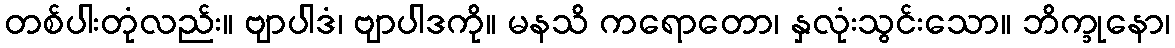
တစ်ပါးတုံလည်း။ ဗျာပါဒံ၊ ဗျာပါဒကို။ မနသိ ကရောတော၊ နှလုံးသွင်းသော။ ဘိက္ခုနော၊